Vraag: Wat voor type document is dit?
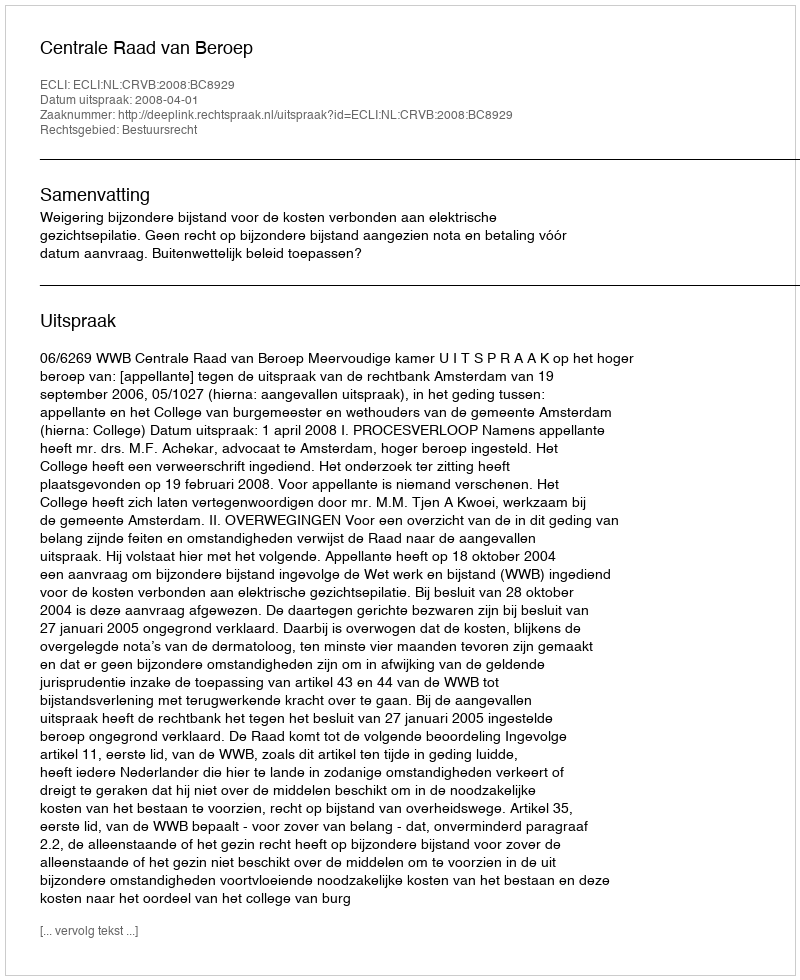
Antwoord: Uitspraak